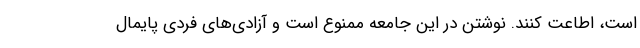
است، اطاعت کنند. نوشتن در این جامعه ممنوع است و آزادی‌های فردی پایمال